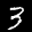
Label: 3